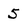
Character: 5